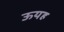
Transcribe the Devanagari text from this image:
ऊयह